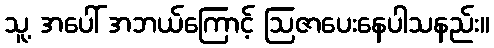
သူ့ အပေါ် အဘယ်ကြောင့် ဩဇာပေးနေပါသနည်း။